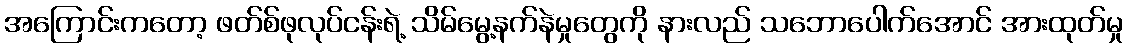
အကြောင်းကတော့ ဖတ်စ်ဖုလုပ်ငန်းရဲ့ သိမ်မွေ့နက်နဲမှုတွေကို နားလည် သဘောပေါက်အောင် အားထုတ်မှု